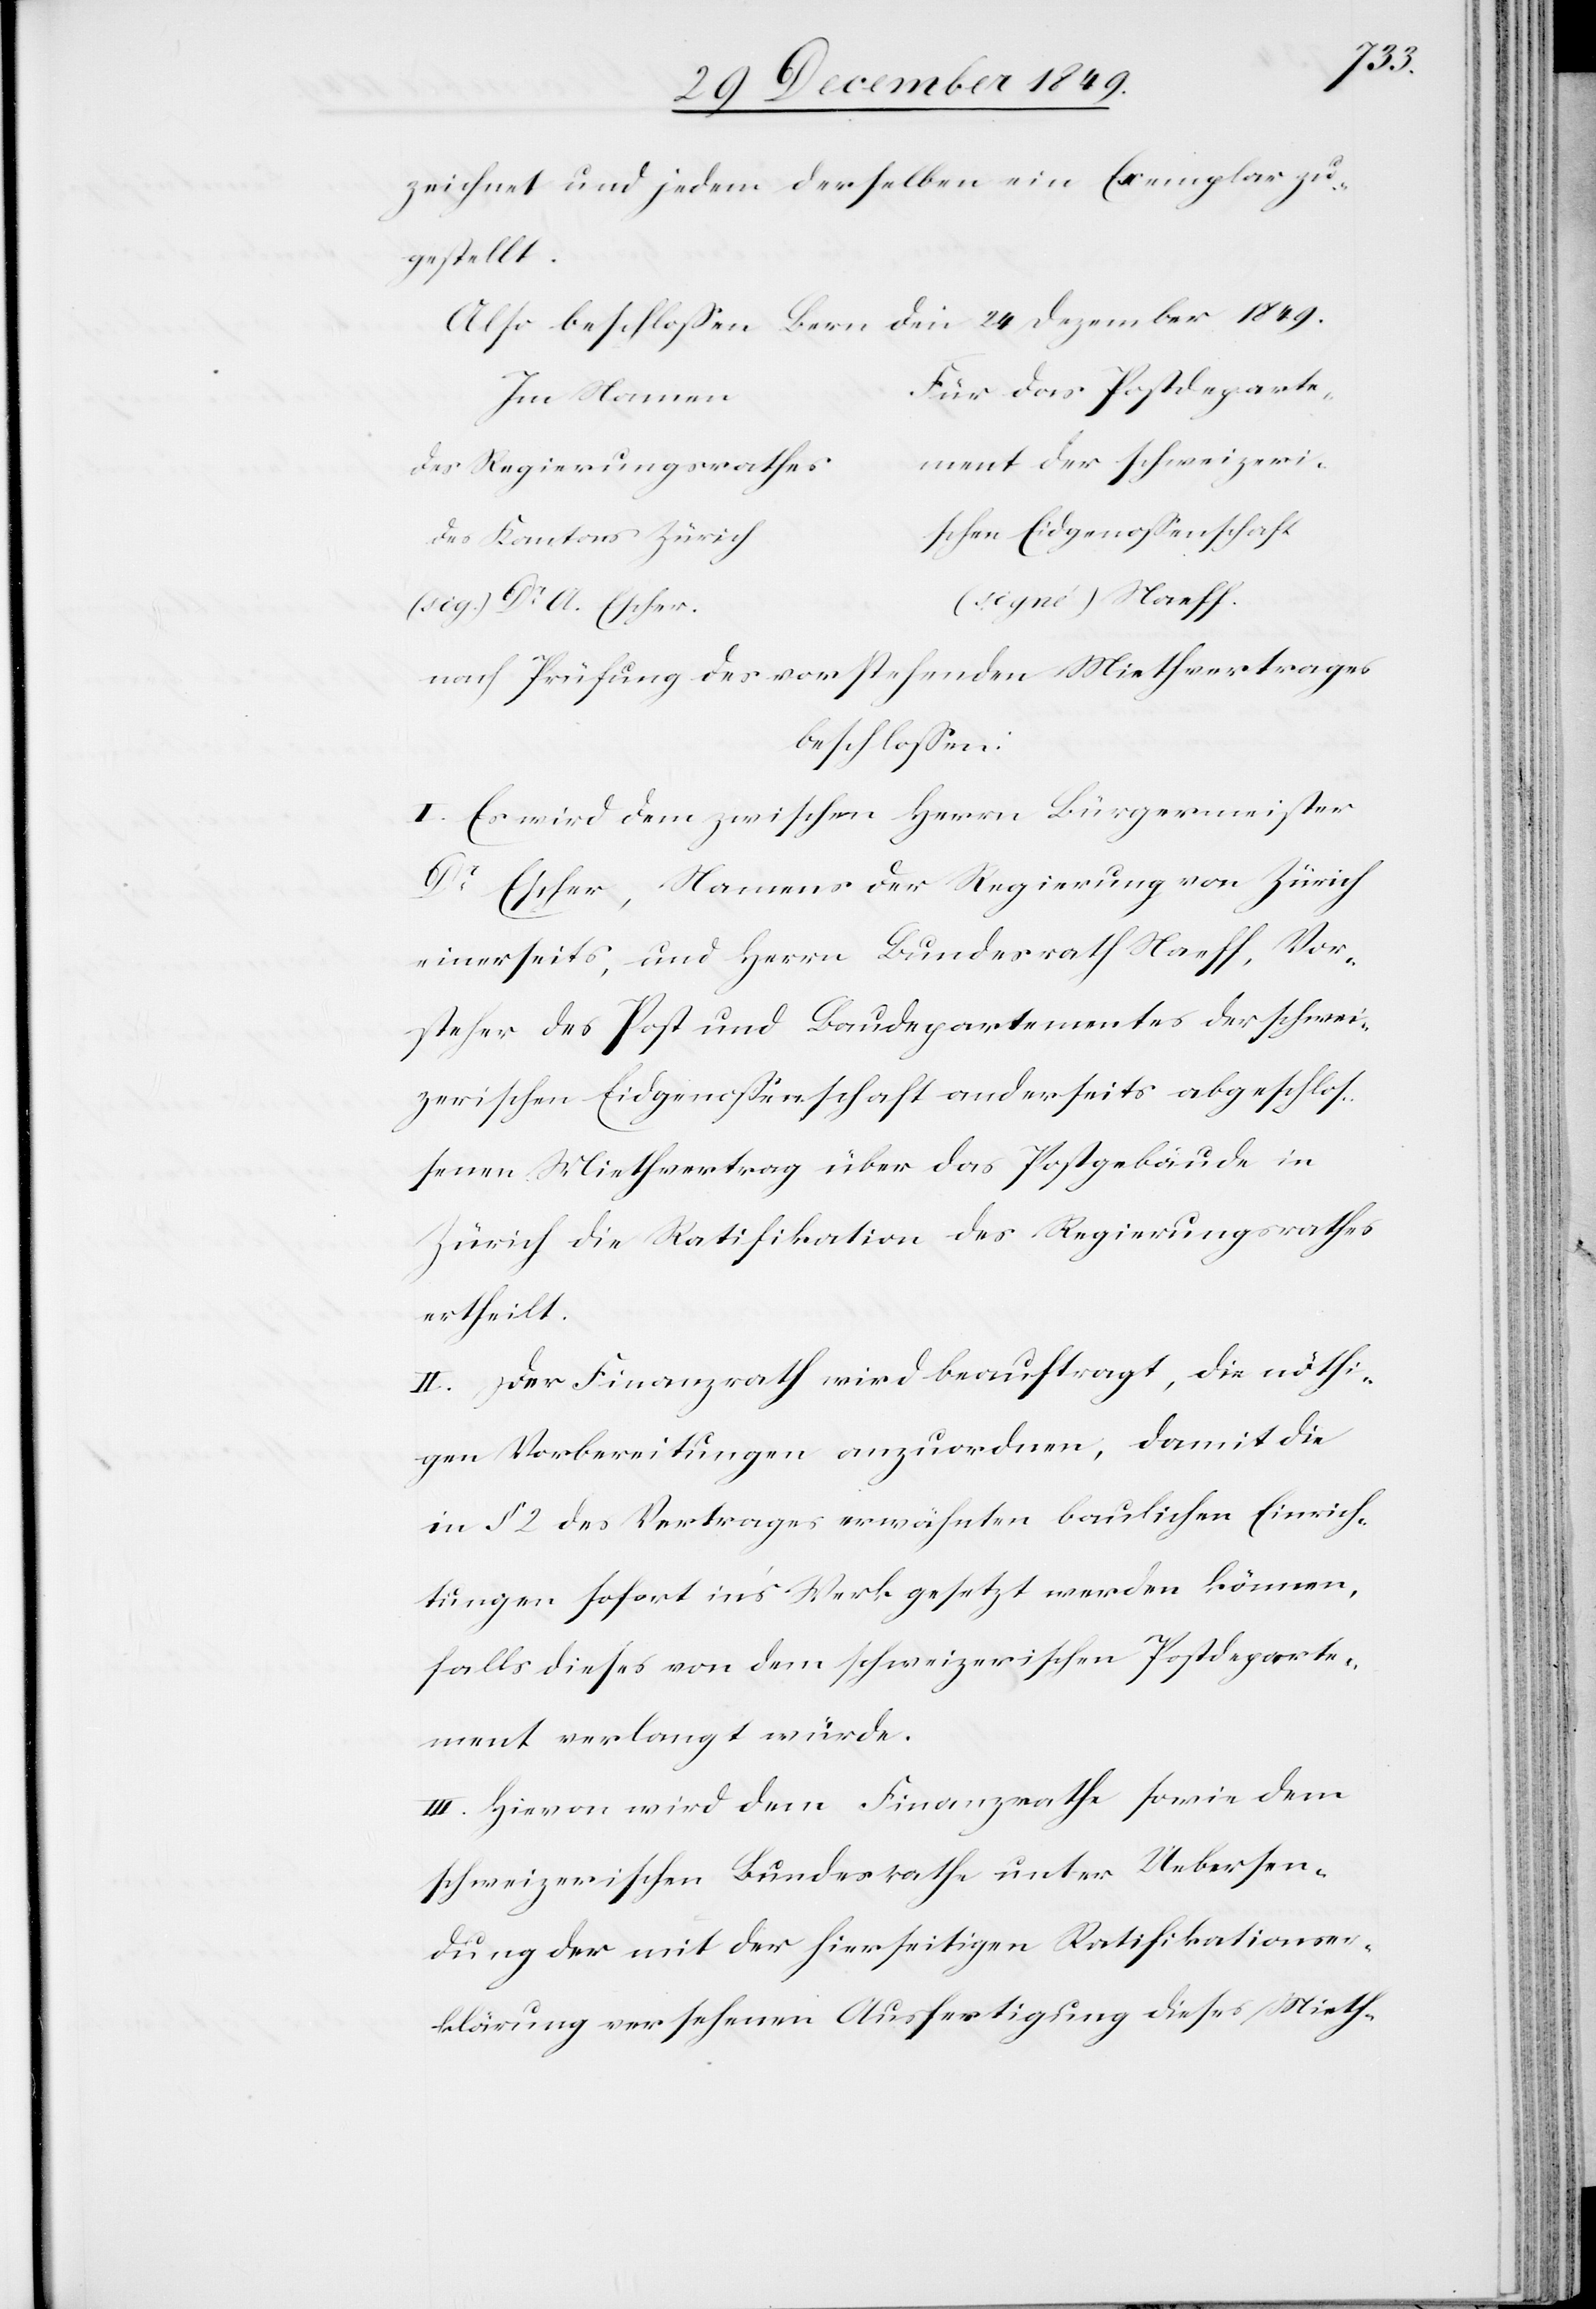
hweizeri¬
zeichnet und jedem derselben ein Exemplar zu¬
gestellt.
Also beschloßen Bern den 24 Dezember 1849.
das Postdeparte¬
des Regierungsrathe¬
schen Eidgenossenschaft
des Kantons Züric¬
h			(signé) Naeff.
(sig.) Dr A. Escher.
nach Prüfung des vorstehenden Miethvertrages
beschloßen:
I. Es wird dem zwischen Herrn Bürgermeister
Dr Escher, Namens der Regierung von Zürich
einerseits, und Herrn Bundesrath Naeff, Vor¬
steher des Post- und Baudepartementes der schwei¬
zerischen Eidgenossenschaft anderseits abgeschloß¬
enen Miethvertrag über das Postgebäude in
Zürich die Ratifikation des Regierungsrathes
ertheilt.
II. Der Finanzrath wird beauftragt, die nöthi¬
gen Vorbereitungen anzuordnen, damit die
in § 2 des Vertrages erwähnten baulichen Einrich¬
tungen sofort in’s Werk gesetzt werden können,
falls dieses von dem schweizerischen Postdeparte¬
ment verlangt würde.
III. Hievon wird dem Finanzrathe sowie dem
schweizerischen Bundesrathe unter Uebersen¬
dung der mit der hierseitigen Ratifikationser¬
klärung versehenen Ausfertigung dieses Mieth-